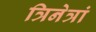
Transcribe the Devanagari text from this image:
त्रिनेत्रां